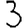
Digit: 3